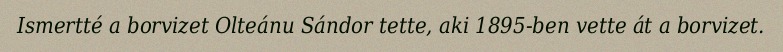
Ismertté a borvizet Olteánu Sándor tette, aki 1895-ben vette át a borvizet.